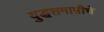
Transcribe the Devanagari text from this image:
युद्धसमाप्तीचे